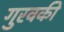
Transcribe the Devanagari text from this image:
गुरवकी